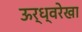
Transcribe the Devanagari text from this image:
ऊर्ध्वरेखा